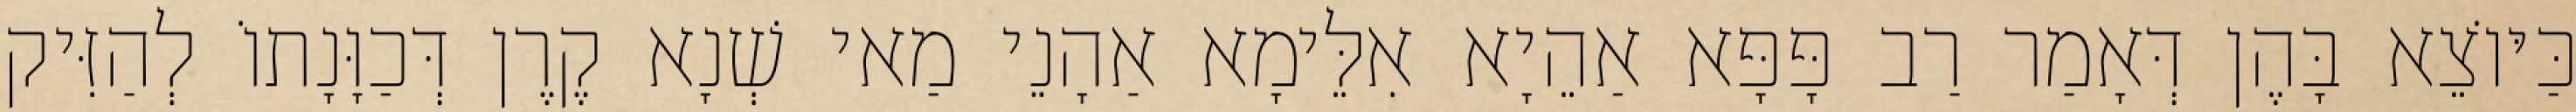
כַּיּוֹצֵא בָּהֶן דְּאָמַר רַב פָּפָּא אַהֵיָא אִלֵּימָא אַהָנֵי מַאי שְׁנָא קֶרֶן דְּכַוָּנָתוֹ לְהַזִּיק